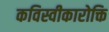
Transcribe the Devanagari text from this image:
कविस्वीकारोक्ति